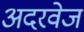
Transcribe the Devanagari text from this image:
अदरवेज